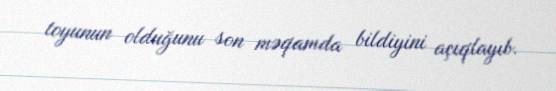
toyunun olduğunu son məqamda bildiyini açıqlayıb.